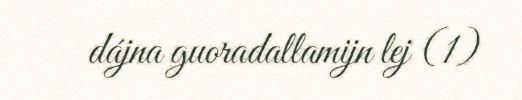
dájna guoradallamijn lej (1)